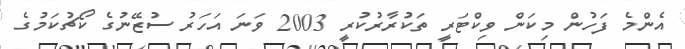
އެންމެ ފަހުން މިކަން ވިކްޓަރީ ތަކުރާރުކުރީ 2003 ވަނަ އަހަރު ސުޒޭނުގެ ކޯޗުކަމުގެ